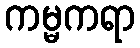
ကမ္မကရာ